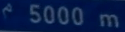
5000 m